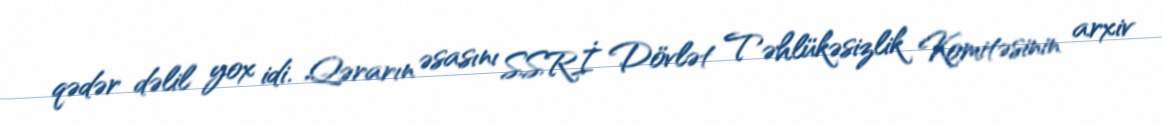
qədər dəlil yox idi. Qərarın əsasını SSRİ Dövlət Təhlükəsizlik Komitəsinin arxiv